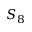
S _ { 8 }